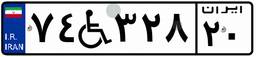
۷۴W۳۲۸۲۰